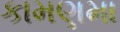
કામણમા